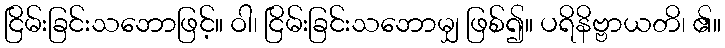
ငြိမ်းခြင်းသဘောဖြင့်။ ဝါ၊ ငြိမ်းခြင်းသဘောမျှ ဖြစ်၍။ ပရိနိဗ္ဗာယတိ၊ ၏။